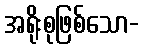
အရိုးစုဖြစ်သော-